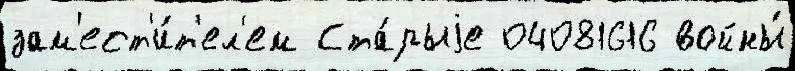
зам'ест'и́т'ел'ем Ста́рыjе 04081616 войны́